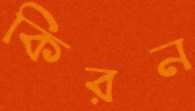
কিরন